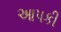
આપકી